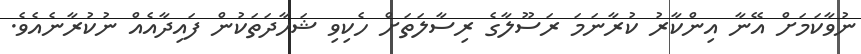
ނުވާކަމަށް އޭނާ އިންކާރު ކުރާނަމަ ރަސޫލާގެ ރިސާލަތަށް ހެކިވި ޝަހާދަތަކުން ފައިދާއެއް ނުކުރާނެއެވެ.